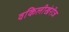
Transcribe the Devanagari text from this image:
वकिलीखेरीज